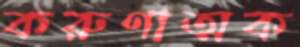
করুণাত্মক